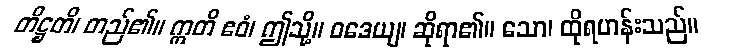
တိဋ္ဌတိ၊ တည်၏။ ဣတိ ဧဝံ၊ ဤသို့။ ဝဒေယျ၊ ဆိုရာ၏။ သော၊ ထိုရဟန်းသည်။